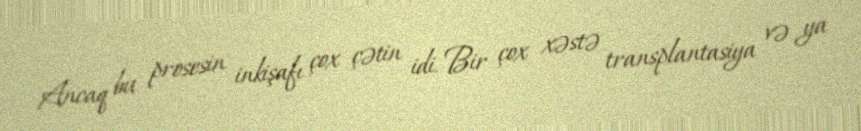
Ancaq bu prosesin inkişafı çox çətin idi. Bir çox xəstə transplantasiya və ya